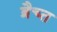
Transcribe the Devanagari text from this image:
ब्रैच्त